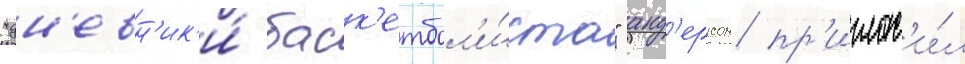
"дн'евн'ик'и́ баск'етбол'и́ста" анд'ерсон пр'иглас'и́л